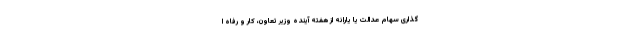
گذاری سهام عدالت یا یارانه از هفته آینده وزیر تعاون، کار و رفاه ا